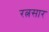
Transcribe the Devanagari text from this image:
रत्नसार